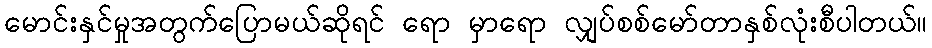
မောင်းနှင်မှုအတွက်ပြောမယ်ဆိုရင် ရော မှာရော လျှပ်စစ်မော်တာနှစ်လုံးစီပါတယ်။